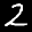
Label: 2